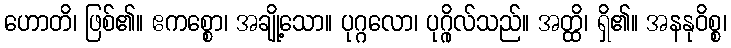
ဟောတိ၊ ဖြစ်၏။ ဧကစ္စော၊ အချို့သော။ ပုဂ္ဂလော၊ ပုဂ္ဂိုလ်သည်။ အတ္ထိ၊ ရှိ၏။ အနနုဝိစ္စ၊